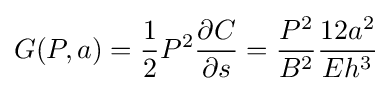
G(P,a)={\frac {1}{2}}P^{2}{\frac {\partial C}{\partial s}}={\frac {P^{2}}{B^{2}}}{\frac {12a^{2}}{Eh^{3}}}